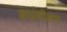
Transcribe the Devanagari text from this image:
मध्यदेशग